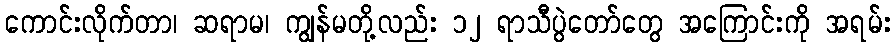
ကောင်းလိုက်တာ၊ ဆရာမ၊ ကျွန်မတို့လည်း ၁၂ ရာသီပွဲတော်တွေ အကြောင်းကို အရမ်း